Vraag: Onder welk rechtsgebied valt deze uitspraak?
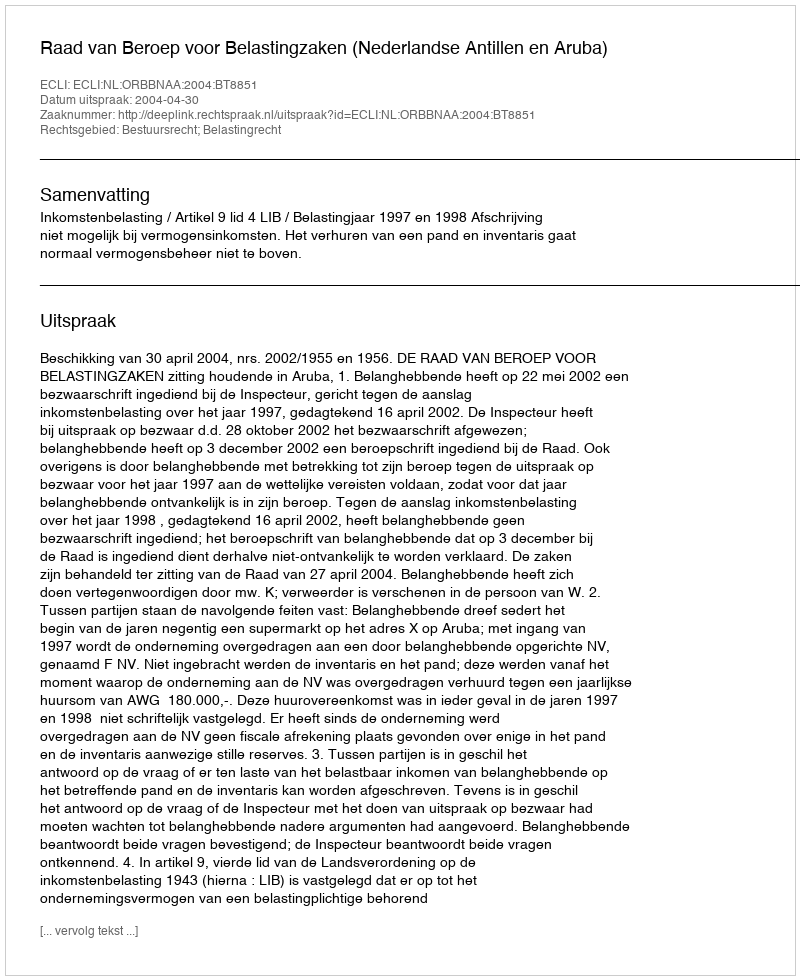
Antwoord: Bestuursrecht; Belastingrecht